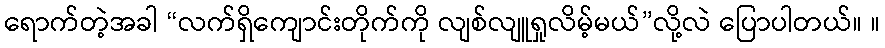
ရောက်တဲ့အခါ “လက်ရှိကျောင်းတိုက်ကို လျစ်လျူရှုလိမ့်မယ်”လို့လဲ ပြောပါတယ်။ ။